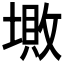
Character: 𡏯